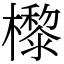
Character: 㰀